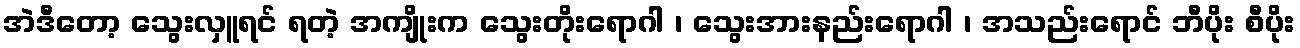
အဲဒီတော့ သွေးလှူရင် ရတဲ့ အကျိုးက သွေးတိုးရောဂါ ၊ သွေးအားနည်းရောဂါ ၊ အသည်းရောင် ဘီပိုး စီပိုး